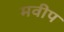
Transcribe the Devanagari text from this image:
मवीप